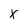
Character: x